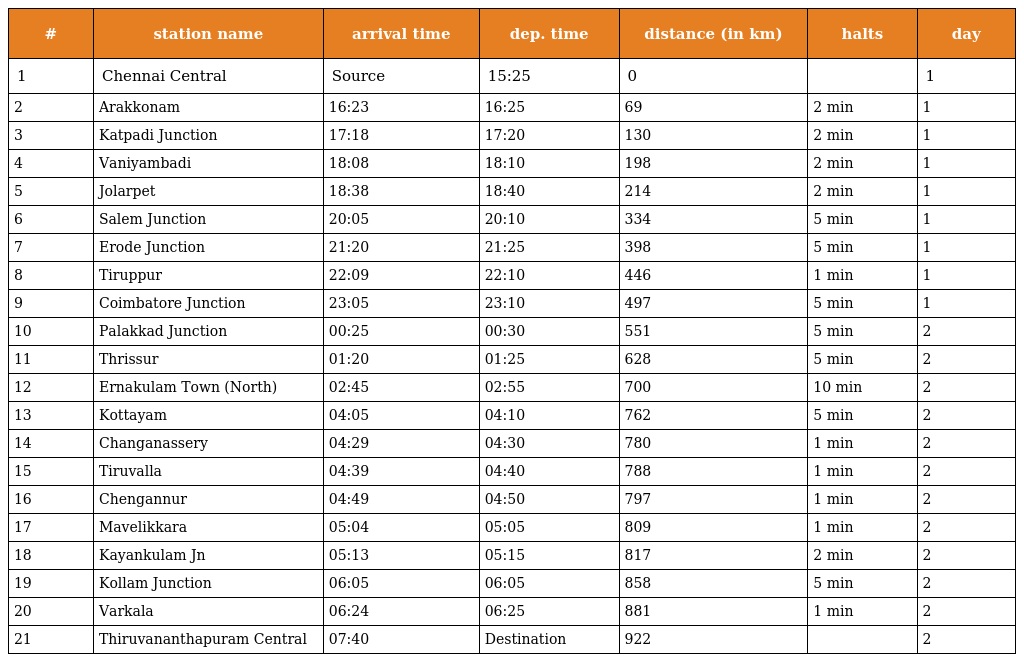
| # | station name | arrival time | dep. time | distance (in km) | halts | day |
 | --- | --- | --- | --- | --- | --- | --- |
 | 1 | Chennai Central | Source | 15:25 | 0 |  | 1 |
 | 2 | Arakkonam | 16:23 | 16:25 | 69 | 2 min | 1 |
 | 3 | Katpadi Junction | 17:18 | 17:20 | 130 | 2 min | 1 |
 | 4 | Vaniyambadi | 18:08 | 18:10 | 198 | 2 min | 1 |
 | 5 | Jolarpet | 18:38 | 18:40 | 214 | 2 min | 1 |
 | 6 | Salem Junction | 20:05 | 20:10 | 334 | 5 min | 1 |
 | 7 | Erode Junction | 21:20 | 21:25 | 398 | 5 min | 1 |
 | 8 | Tiruppur | 22:09 | 22:10 | 446 | 1 min | 1 |
 | 9 | Coimbatore Junction | 23:05 | 23:10 | 497 | 5 min | 1 |
 | 10 | Palakkad Junction | 00:25 | 00:30 | 551 | 5 min | 2 |
 | 11 | Thrissur | 01:20 | 01:25 | 628 | 5 min | 2 |
 | 12 | Ernakulam Town (North) | 02:45 | 02:55 | 700 | 10 min | 2 |
 | 13 | Kottayam | 04:05 | 04:10 | 762 | 5 min | 2 |
 | 14 | Changanassery | 04:29 | 04:30 | 780 | 1 min | 2 |
 | 15 | Tiruvalla | 04:39 | 04:40 | 788 | 1 min | 2 |
 | 16 | Chengannur | 04:49 | 04:50 | 797 | 1 min | 2 |
 | 17 | Mavelikkara | 05:04 | 05:05 | 809 | 1 min | 2 |
 | 18 | Kayankulam Jn | 05:13 | 05:15 | 817 | 2 min | 2 |
 | 19 | Kollam Junction | 06:05 | 06:05 | 858 | 5 min | 2 |
 | 20 | Varkala | 06:24 | 06:25 | 881 | 1 min | 2 |
 | 21 | Thiruvananthapuram Central | 07:40 | Destination | 922 |  | 2 |